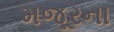
મજૂરના